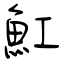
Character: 魟